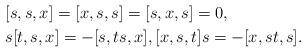
LaTeX: \begin{align*}&[s,s,x]=[x,s,s]=[s,x,s]=0,\\&s[t,s,x]=-[s,ts,x],[x,s,t]s=-[x,st,s].\end{align*}